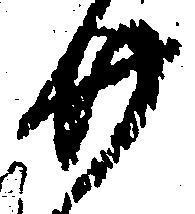
廿